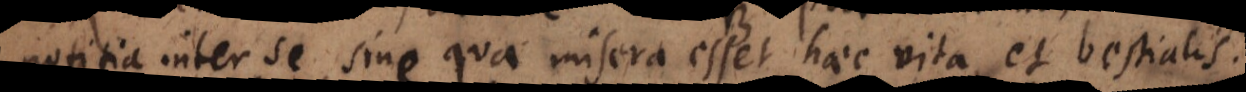
notitia inter se, sine qua misera esset haec vita et brutalis.